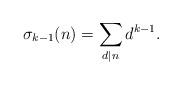
LaTeX: \begin{align*}\sigma_{k-1}(n) &= \sum_{d\mid n} d^{k-1}.\end{align*}